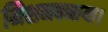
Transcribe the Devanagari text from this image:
मिशनबनाया।